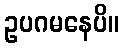
ဥပဂမနေပိ။